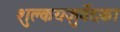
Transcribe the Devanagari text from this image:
शुक्लयजुर्वेदका